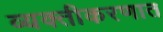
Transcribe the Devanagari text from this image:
व्यक्तीकरणात